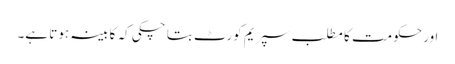
اور حکومت کا مطلب سپریم کورٹ بتا چکی کہ کابینہ ہوتا ہے۔